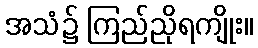
အသံ၌ ကြည်ညိုရကျိုး။